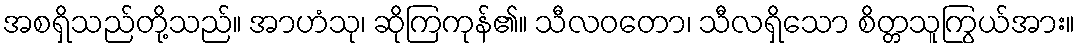
အစရှိသည်တို့သည်။ အာဟံသု၊ ဆိုကြကုန်၏။ သီလဝတော၊ သီလရှိသော စိတ္တသူကြွယ်အား။